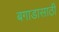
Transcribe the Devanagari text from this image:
बगाडासाठी